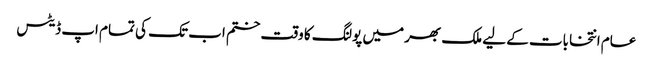
عام انتخابات کے لیے ملک بھر میں پولنگ کا وقت ختم اب تک کی تمام اپ ڈیٹس